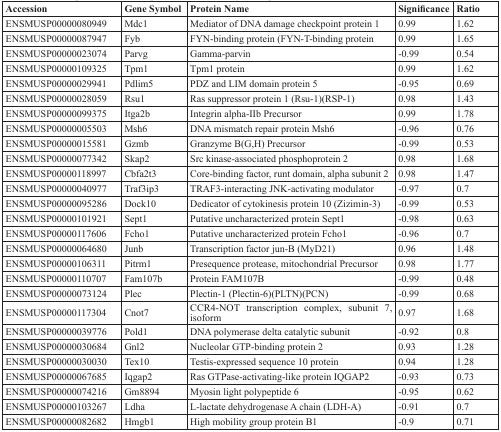
<table><thead><tr><td><b>Accession</b></td><td><b>Gene Symbol</b></td><td><b>Protein Name</b></td><td><b>Significance</b></td><td><b>Ratio</b></td></tr></thead><tbody><tr><td>ENSMUSP00000080949</td><td>Mdc1</td><td>Mediator of DNA damage checkpoint protein 1</td><td>0.99</td><td>1.62</td></tr><tr><td>ENSMUSP00000087947</td><td>Fyb</td><td>FYN-binding protein (FYN-T-binding protein</td><td>0.99</td><td>1.65</td></tr><tr><td>ENSMUSP00000023074</td><td>Parvg</td><td>Gamma-parvin</td><td>−0.99</td><td>0.54</td></tr><tr><td>ENSMUSP00000109325</td><td>Tpm1</td><td>Tpm1 protein</td><td>0.99</td><td>1.62</td></tr><tr><td>ENSMUSP00000029941</td><td>Pdlim5</td><td>PDZ and LIM domain protein 5</td><td>−0.95</td><td>0.69</td></tr><tr><td>ENSMUSP00000028059</td><td>Rsu1</td><td>Ras suppressor protein 1 (Rsu-1)(RSP-1)</td><td>0.98</td><td>1.43</td></tr><tr><td>ENSMUSP00000099375</td><td>Itga2b</td><td>Integrin alpha-IIb Precursor</td><td>0.99</td><td>1.78</td></tr><tr><td>ENSMUSP00000005503</td><td>Msh6</td><td>DNA mismatch repair protein Msh6</td><td>−0.96</td><td>0.76</td></tr><tr><td>ENSMUSP00000015581</td><td>Gzmb</td><td>Granzyme B(G,H) Precursor</td><td>−0.99</td><td>0.53</td></tr><tr><td>ENSMUSP00000077342</td><td>Skap2</td><td>Src kinase-associated phosphoprotein 2</td><td>0.98</td><td>1.68</td></tr><tr><td>ENSMUSP00000118997</td><td>Cbfa2t3</td><td>Core-binding factor, runt domain, alpha subunit 2</td><td>0.98</td><td>1.47</td></tr><tr><td>ENSMUSP00000040977</td><td>Traf3ip3</td><td>TRAF3-interacting JNK-activating modulator</td><td>−0.97</td><td>0.7</td></tr><tr><td>ENSMUSP00000095286</td><td>Dock10</td><td>Dedicator of cytokinesis protein 10 (Zizimin-3)</td><td>−0.99</td><td>0.53</td></tr><tr><td>ENSMUSP00000101921</td><td>Sept1</td><td>Putative uncharacterized protein Sept1</td><td>−0.98</td><td>0.63</td></tr><tr><td>ENSMUSP00000117606</td><td>Fcho1</td><td>Putative uncharacterized protein Fcho1</td><td>−0.96</td><td>0.7</td></tr><tr><td>ENSMUSP00000064680</td><td>Junb</td><td>Transcription factor jun-B (MyD21)</td><td>0.96</td><td>1.48</td></tr><tr><td>ENSMUSP00000106311</td><td>Pitrm1</td><td>Presequence protease, mitochondrial Precursor</td><td>0.98</td><td>1.77</td></tr><tr><td>ENSMUSP00000110707</td><td>Fam107b</td><td>Protein FAM107B</td><td>−0.99</td><td>0.48</td></tr><tr><td>ENSMUSP00000073124</td><td>Plec</td><td>Plectin-1 (Plectin-6)(PLTN)(PCN)</td><td>−0.99</td><td>0.68</td></tr><tr><td>ENSMUSP00000117304</td><td>Cnot7</td><td>CCR4-NOT transcription complex, subunit 7, isoform</td><td>0.97</td><td>1.68</td></tr><tr><td>ENSMUSP00000039776</td><td>Pold1</td><td>DNA polymerase delta catalytic subunit</td><td>−0.92</td><td>0.8</td></tr><tr><td>ENSMUSP00000030684</td><td>Gnl2</td><td>Nucleolar GTP-binding protein 2</td><td>0.93</td><td>1.28</td></tr><tr><td>ENSMUSP00000030030</td><td>Tex10</td><td>Testis-expressed sequence 10 protein</td><td>0.94</td><td>1.28</td></tr><tr><td>ENSMUSP00000067685</td><td>Iqgap2</td><td>Ras GTPase-activating-like protein IQGAP2</td><td>−0.93</td><td>0.73</td></tr><tr><td>ENSMUSP00000074216</td><td>Gm8894</td><td>Myosin light polypeptide 6</td><td>−0.95</td><td>0.62</td></tr><tr><td>ENSMUSP00000103267</td><td>Ldha</td><td>L-lactate dehydrogenase A chain (LDH-A)</td><td>−0.91</td><td>0.7</td></tr><tr><td>ENSMUSP00000082682</td><td>Hmgb1</td><td>High mobility group protein B1</td><td>−0.9</td><td>0.71</td></tr></tbody></table>